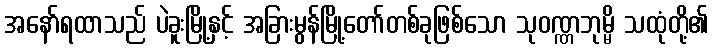
အနော်ရထာသည် ပဲခူးမြို့နှင့် အခြားမွန်မြို့တော်တစ်ခုဖြစ်သော သုဝဏ္ဏဘုမ္မိ သထုံတို့၏